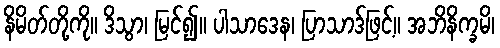
နိမိတ်တို့ကို။ ဒိသွာ၊ မြင်၍။ ပါသာဒေန၊ ပြာသာဒ်ဖြင့်။ အဘိနိက္ခမိ၊